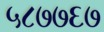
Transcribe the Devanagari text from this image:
५८७७६७